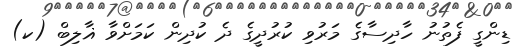
ޑިންގީ ފެތުނު ހާދިސާގެ މަރުވި ކުރުދީގެ ދެ ކުދިން ކަމަށްވާ ޣާލިބް (ކ)